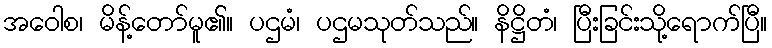
အဝေါစ၊ မိန့်တော်မူ၏။ ပဌမံ၊ ပဌမသုတ်သည်။ နိဋ္ဌိတံ၊ ပြီးခြင်းသို့ရောက်ပြီ။